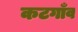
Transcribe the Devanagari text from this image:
कटगाँव